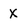
Character: X